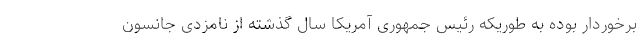
برخوردار بوده به طوریکه رئیس جمهوری آمریکا سال گذشته از نامزدی جانسون